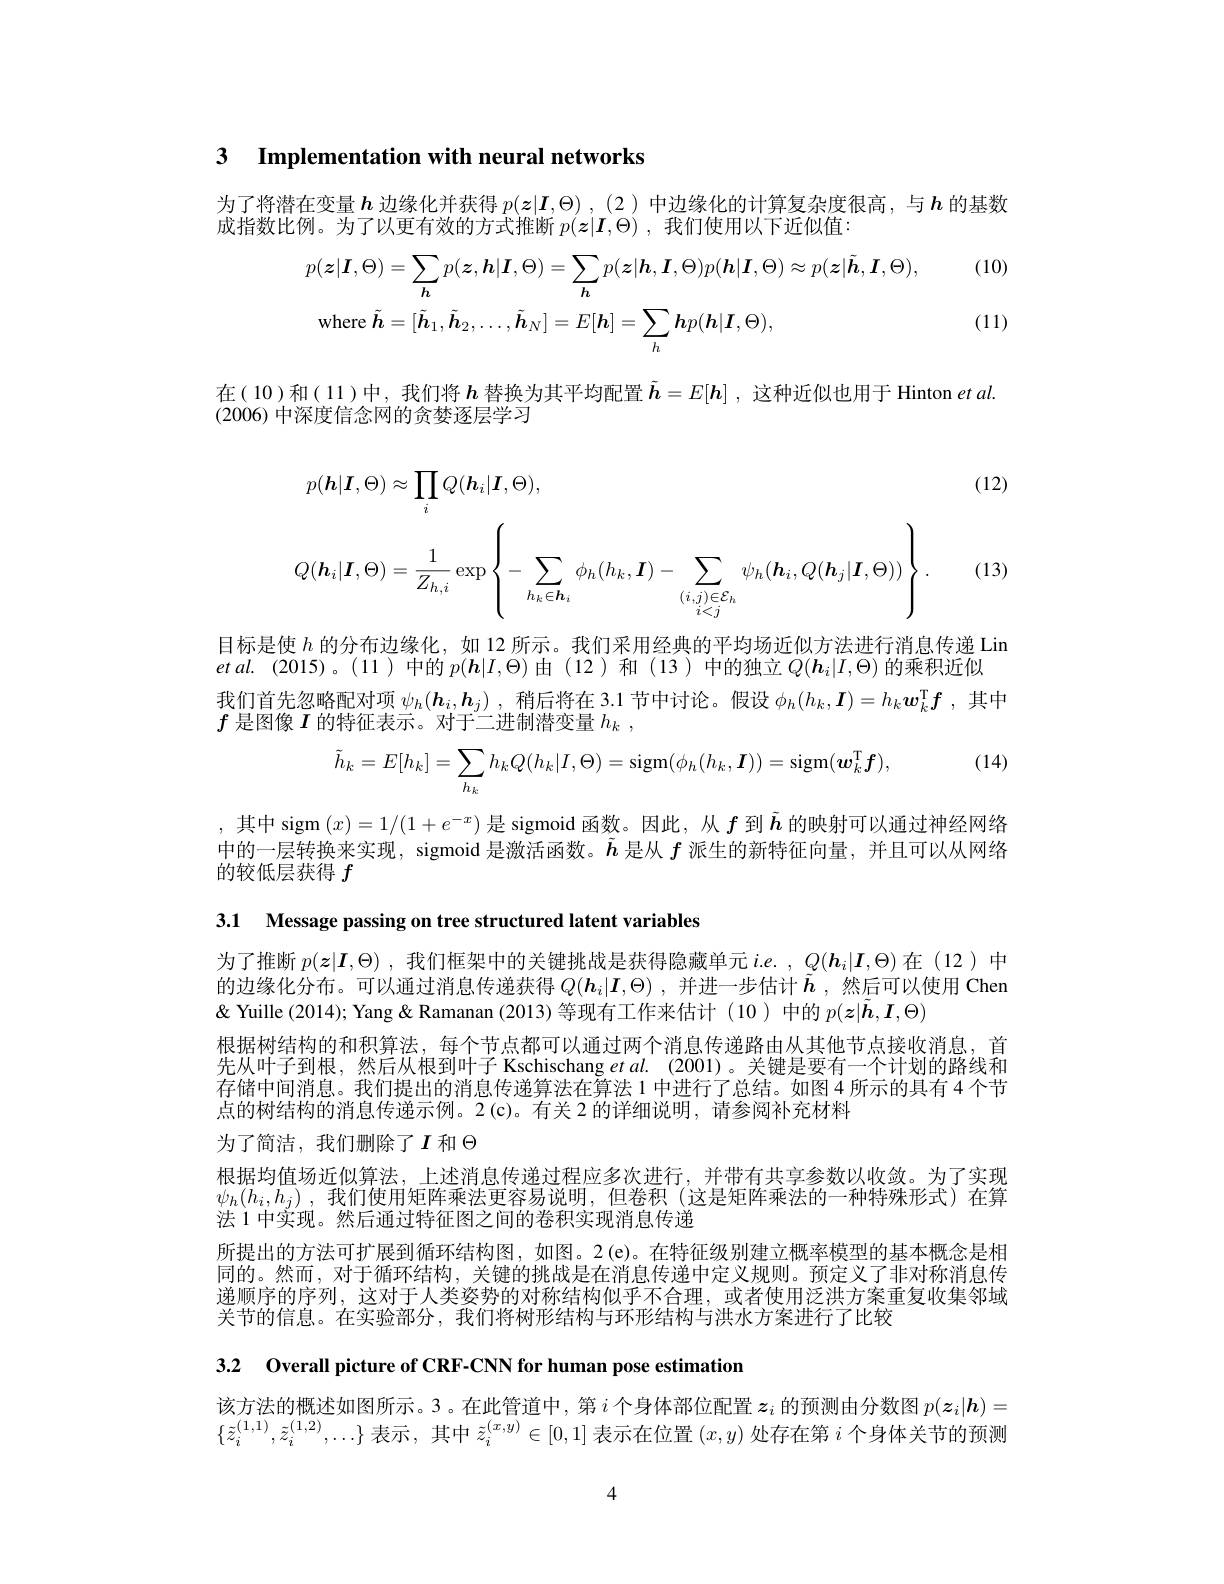
3 $\textbf{Implementation with neural networks}$

为了将潜在变量$h$ 边缘化并获得 $p(\boldsymbol z|\boldsymbol I,\Theta),(2)$ 中边缘化的计算复杂度很高，与$\boldsymbol h$ 的基数
成指数比例。为了以更有效的方式推断$p(\boldsymbol{z}|\boldsymbol{I},\Theta)$ ,我们使用以下近似值：

(10)
$$\begin{aligned}&p(\boldsymbol{z}|\boldsymbol{I},\Theta)=\sum_{\boldsymbol{h}}p(\boldsymbol{z},\boldsymbol{h}|\boldsymbol{I},\Theta)=\sum_{\boldsymbol{h}}p(\boldsymbol{z}|\boldsymbol{h},\boldsymbol{I},\Theta)p(\boldsymbol{h}|\boldsymbol{I},\Theta)\approx p(\boldsymbol{z}|\tilde{\boldsymbol{h}},\boldsymbol{I},\Theta),\\&\mathrm{where~}\tilde{\boldsymbol{h}}=[\tilde{\boldsymbol{h}}_{1},\tilde{\boldsymbol{h}}_{2},\ldots,\tilde{\boldsymbol{h}}_{N}]=E[\boldsymbol{h}]=\sum_{h}\boldsymbol{h}p(\boldsymbol{h}|\boldsymbol{I},\Theta),\end{aligned}$$
(11)

在(10)和(11)中，我们将$h$ 替换为其平均配置 $\tilde{\boldsymbol{h}}=E[\boldsymbol{h}]$ ,这种近似也用于 Hinton et al.
(2006)中深度信念网的贪婪逐层学习

(12)
$$\begin{aligned}&p(\boldsymbol{h}|\boldsymbol{I},\Theta)\approx\prod_{i}Q(\boldsymbol{h}_{i}|\boldsymbol{I},\Theta),\\&Q(\boldsymbol{h}_{i}|\boldsymbol{I},\Theta)=\frac{1}{Z_{h,i}}\exp\left\{-\sum_{h_{k}\in\boldsymbol{h}_{i}}\phi_{h}(h_{k},\boldsymbol{I})-\sum_{(i,j)\in\mathcal{E}_{h}}\psi_{h}(\boldsymbol{h}_{i},Q(\boldsymbol{h}_{j}|\boldsymbol{I},\Theta))\right\}.\end{aligned}$$
(13)

目标是使$h$的分布边缘化，如 12 所示。我们采用经典的平均场近似方法进行消息传递 Lim
$etal.$ (2015)。(11)中的$p(\boldsymbol{h}|I,\Theta)$由(12)和(13)中的独立$Q(\boldsymbol{h}_i|I,\Theta)$的乘积近似
我们首先忽略配对项$\psi_h(\boldsymbol{h}_i,\boldsymbol{h}_j)$ ,稍后将在 3.1 节中讨论。假设$\phi_h(h_k,\boldsymbol{I})=h_k\boldsymbol{w}_k^\mathrm{T}\boldsymbol{f}$ ,其中
$f$是图像$I$的特征表示。对于二进制潜变量$h_k$,
$$\tilde{h}_k=E[h_k]=\sum_{h_k}h_kQ(h_k|I,\Theta)=\mathrm{sigm}(\phi_h(h_k,\boldsymbol{I}))=\mathrm{sigm}(\boldsymbol{w}_k^\mathrm{T}\boldsymbol{f}),$$
(14)

,其中 sigm $(x)=1/(1+e^{-x})$是 sigmoid 函数。因此，从$f$到$\tilde{\boldsymbol{h}}$的映射可以通过神经网络中的一层转换来实现，sigmoid 是激活函数。$\tilde{h}$是从$f$派生的新特征向量，并且可以从网络的较低层获得$f$

3.1 Message passing on tree structured latent variables

为了推断$p(\boldsymbol{z}|\boldsymbol{I},\Theta)$ ,我们框架中的关键挑战是获得隐藏单元$i. e.$ , $Q( \boldsymbol{h}_i| \boldsymbol{I}, \Theta )$在 (12)中的边缘化分布。可以通过消息传递获得$Q(\boldsymbol{h}_i|\boldsymbol{I},\Theta)$ ,并进一步估计$\tilde{\boldsymbol{h}}$ ,然后可以使用 Chen & Yuille (2014); Yang & Ramanan (2013)等现有工作来估计 (10)中的$p(\boldsymbol{z}|\tilde{\boldsymbol{h}},\boldsymbol{I},\Theta)$
根据树结构的和积算法，每个节点都可以通过两个消息传递路由从其他节点接收消息，首先从叶子到根，然后从根到叶子 Kschischang et al. (2001)。关键是要有一个计划的路线和存储中间消息。我们提出的消息传递算法在算法 1 中进行了总结。如图 4 所示的具有 4 个节点的树结构的消息传递示例。2(c)。有关 2 的详细说明，请参阅补充材料

为了简洁，我们删除了$I$ 和$\Theta$
根据均值场近似算法，上述消息传递过程应多次进行，并带有共享参数以收敛。为了实现$\psi _h( h_i, h_j)$ ,我们使用矩阵乘法更容易说明，但卷积 (这是矩阵乘法的一种特殊形式)在算法 1 中实现。然后通过特征图之间的卷积实现消息传递
所提出的方法可扩展到循环结构图，如图。2(e)。在特征级别建立概率模型的基本概念是相同的。然而，对于循环结构，关键的挑战是在消息传递中定义规则。预定义了非对称消息传递顺序的序列，这对于人类姿势的对称结构似乎不合理，或者使用泛洪方案重复收集邻域关节的信息。在实验部分，我们将树形结构与环形结构与洪水方案进行了比较

3.2 Overall picture of CRF-CNN for human pose estimation

该方法的概述如图所示。3。在此管道中，第$i$个身体部位配置$z_i$的预测由分数图$p(\boldsymbol{z}_i|\boldsymbol{h})=$ $\{\bar{z}_{i}^{(1,1)},\bar{z}_{i}^{(1,2)},\ldots\}$表示，其中$\tilde{z}_i^(x,y)\in[0,1]$表示在位置$(x,y)$处存在第$i$个身体关节的预测

4